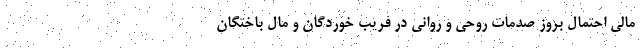
مالی احتمال بروز صدمات روحی و روانی در فریب خوردگان و مال باختگان